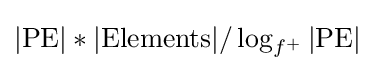
|{\text{PE}}|*|{\text{Elements}}|/\log _{f^{\text{+}}}|{\text{PE}}|